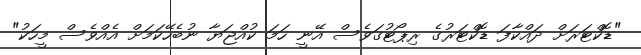
"ޑޮކްޓަރަށް ދައްކާފަ ޑޮކްޓަރުގެ ރިޕޯޓުގަވެސް އޭނީ ހަމަ ކުއްޖަޔާ ނުބެހޭކަމަށް އެއްވެސް މީހަކު"